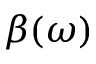
\beta ( \omega )